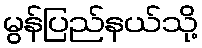
မွန်ပြည်နယ်သို့